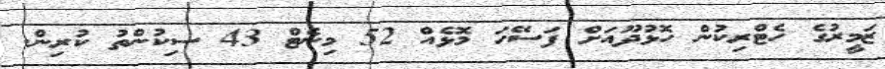
ޒަމީރުގެ ހެޓްރިކުން ހޮޅުދޫއަށް ފަސޭހަ މޮޅެއް 52 މިނެޓް 43 ސިކުންތު ކުރިން.